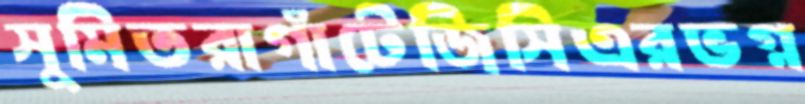
সুমিতরাগাঁটেজিসিএরভগ্ন